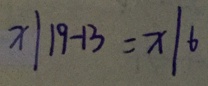
x \vert 1 9 - 1 3 = x \vert 6